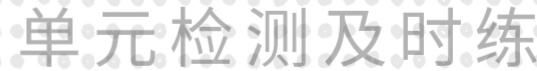
单元检测及时练